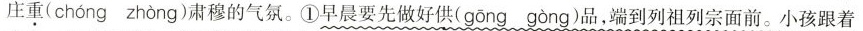
庄\underset{·}{重}( chong zhong )肃穆的气氛。①早晨要先做好供( gong gong )品，端到列祖列宗面前。小孩跟着